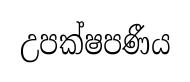
උපක්ෂපණීය